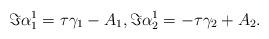
LaTeX: \begin{align*} \Im \alpha_1^1 = \tau \gamma_1 - A_1, \Im \alpha_2^1 = - \tau \gamma_2 + A_2. \end{align*}